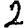
Digit: 2